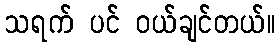
သရက် ပင် ဝယ်ချင်တယ်။